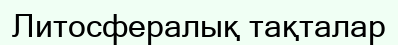
Литосфералық тақталар